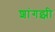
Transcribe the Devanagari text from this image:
शांगझी